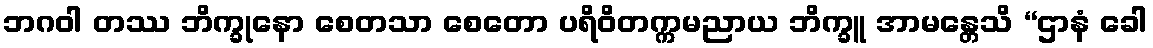
ဘဂဝါ တဿ ဘိက္ခုနော စေတသာ စေတော ပရိဝိတက္ကမညာယ ဘိက္ခူ အာမန္တေသိ “ဌာနံ ခေါ